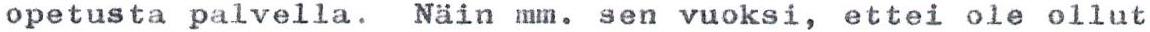
opetusta palvella. Näin mm. sen vuoksi, ettei ole ollut